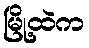
မြို့ထဲက